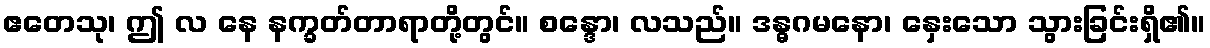
ဧတေသု၊ ဤ လ နေ နက္ခတ်တာရာတို့တွင်။ စန္ဒော၊ လသည်။ ဒန္ဓဂမနော၊ နှေးသော သွားခြင်းရှိ၏။